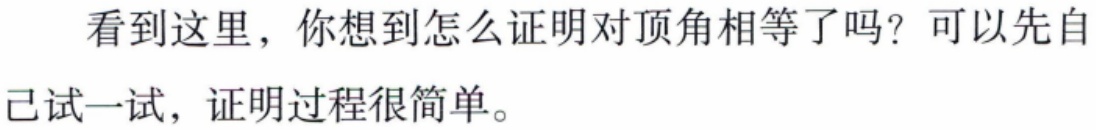
看到这里，你想到怎么证明对顶角相等了吗？可以先自己试一试，证明过程很简单。